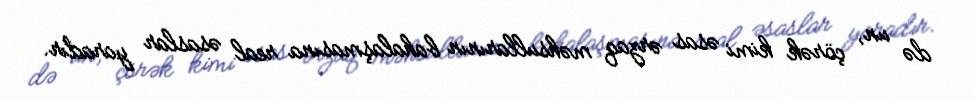
də un, çörək kimi əsas ərzaq məhsullarının bahalaşmasına real əsaslar yaradır.